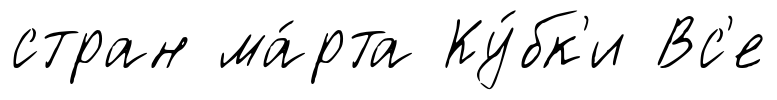
стран ма́рта Ку́бк'и Вс'е